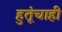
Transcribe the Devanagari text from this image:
हुतूंचाही